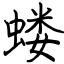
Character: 蝼